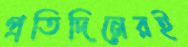
প্রতিদিনেরই